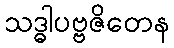
သဒ္ဓါပဗ္ဗဇိတေန